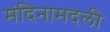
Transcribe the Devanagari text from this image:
मंदिनामदली